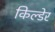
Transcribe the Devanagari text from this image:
किल्डेर